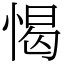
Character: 愒